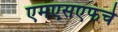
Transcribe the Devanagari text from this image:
एमएसएफचे